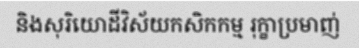
និងសុរិយោដីវិស័យកសិកកម្ម រុក្ខាប្រមាញ់